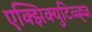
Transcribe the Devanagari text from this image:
एक्झिक्युटिव्व्ह्ज